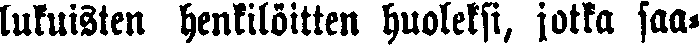
lukuisten henkilöitten huoleksi, jotka saa-